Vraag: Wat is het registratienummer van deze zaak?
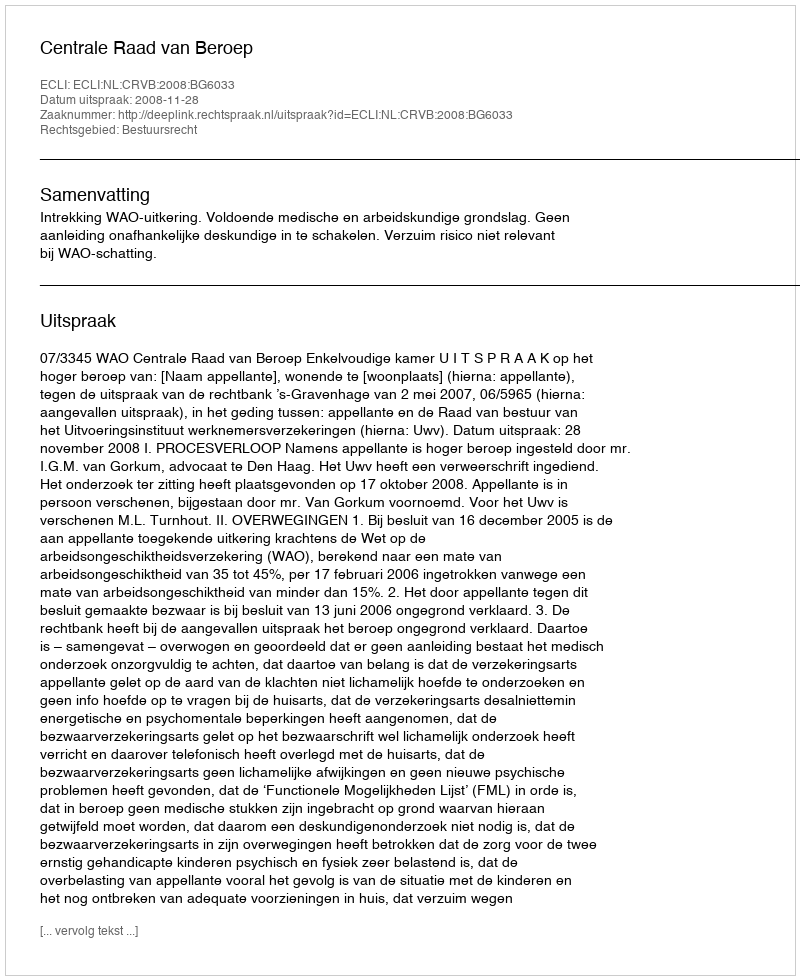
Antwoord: http://deeplink.rechtspraak.nl/uitspraak?id=ECLI:NL:CRVB:2008:BG6033